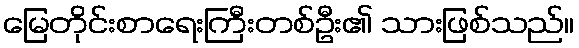
မြေတိုင်းစာရေးကြီးတစ်ဦး၏ သားဖြစ်သည်။